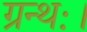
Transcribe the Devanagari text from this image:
ग्रन्थः।